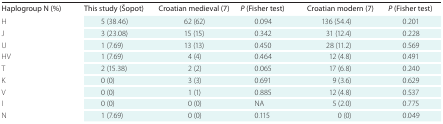
| Haplogroup N (%) | This study (Šopot) | Croatian medieval (7) | P (Fisher test) | Croatian modern (7) | P (Fisher test) |
 | --- | --- | --- | --- | --- | --- |
 | H | 5 (38.46) | 62 (62) | 0.094 | 136 (54.4) | 0.201 |
 | J | 3 (23.08) | 15 (15) | 0.342 | 31 (12.4) | 0.228 |
 | U | 1 (7.69) | 13 (13) | 0.450 | 28 (11.2) | 0.569 |
 | HV | 1 (7.69) | 4 (4) | 0.464 | 12 (4.8) | 0.491 |
 | T | 2 (15.38) | 2 (2) | 0.065 | 17 (6.8) | 0.240 |
 | K | 0 (0) | 3 (3) | 0.691 | 9 (3.6) | 0.629 |
 | V | 0 (0) | 1 (1) | 0.885 | 12 (4.8) | 0.537 |
 | I | 0 (0) | 0 (0) | NA | 5 (2.0) | 0.775 |
 | N | 1 (7.69) | 0 (0) | 0.115 | 0 (0) | 0.049 |